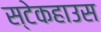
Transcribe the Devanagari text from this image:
स्टेकहाउस